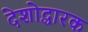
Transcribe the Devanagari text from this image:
देशोद्धारक